Report on vaccination in Madras 1922-1929 - 1922-1929
Year: 1922
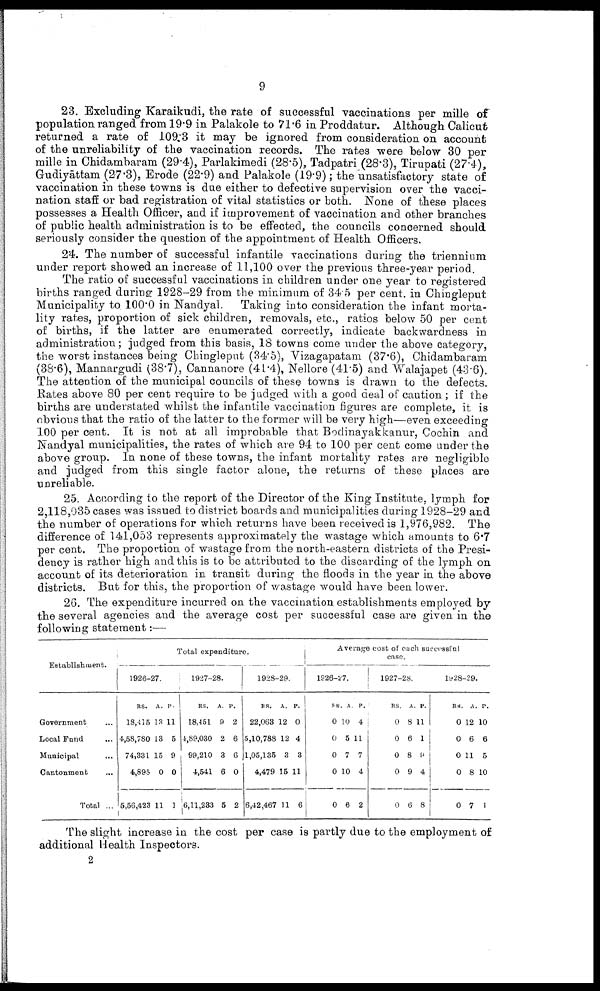
9
23. Excluding Karaikudi, the rate of successful vaccinations per mille of
population ranged from 19.9 in Palakole to 71.6 in Proddatur. Although Calicut
returned a rate of 109.3 it may be ignored from consideration on account
of the unreliability of the vaccination records. The rates were below 30 per
mille in Chidambaram (29.4), Parlakimedi (28.5), Tadpatri (28.3), Tirupati (27.4),
Gudiyāttam (27.3), Erode (22.9) and Palakole (19.9); the unsatisfactory state of
vaccination in these towns is due either to defective supervision over the vacci
nation staff or bad registration of vital statistics or both. None of these places
possesses a Health Officer, and if improvement of vaccination and other branches
of public health administration is to be effected, the councils concerned should
seriously consider the question of the appointment of Health Officers.
24. The number of successful infantile vaccinations during the triennium
under report showed an increase of 11,100 over the previous three-year period.
The ratio of successful vaccinations in children under one year to registered
births ranged during 1928-29 from the minimum of 34.5 per cent. in Chingleput
Municipality to 100.0 in Nandyal. Taking into consideration the infant morta
lity rates, proportion of sick children, removals, etc., ratios below 50 per cent
of births, if the latter are enumerated correctly, indicate backwardness in
administration; judged from this basis, 18 towns come under the above category,
the worst instances being Chingleput (34.5), Vizagapatam (37.6), Chidambaram
(38.6), Mannargudi (38.7), Cannanore (41.4), Nellore (41.5) and Walajapet (43.6).
The attention of the municipal councils of these towns is drawn to the defects.
Rates above 80 per cent require to be judged with a good deal of caution ; if the
births are understated whilst the infantile vaccination figures are complete, it is
obvious that the ratio of the latter to the former will be very high—even exceeding
100 per cent. It is not at all improbable that Bodinayakkanur, Cochin and
Nandyal municipalities, the rates of which are 94 to 100 per cent come under the
above group. In none of these towns, the infant mortality rates are negligible
and judged from this single factor alone, the returns of these places are
unreliable.
25. According to the report of the Director of the King Institute, lymph for
2,118,035 cases was issued to district boards and municipalities during 1928-29 and
the number of operations for which returns have been received is 1,976,982. The
difference of 141,053 represents approximately the wastage which amounts to 6.7
per cent. The proportion of wastage from the north-eastern districts of the Presi
dency is rather high and this is to be attributed to the discarding of the lymph on
account of its deterioration in transit during the floods in the year in the above
districts. But for this, the proportion of wastage would have been lower.
26. The expenditure incurred on the vaccination establishments employed by
the several agencies and the average cost per successful case are given in the
following statement:—
Establishment.
Government ...
Local Fund ...
Municipal ...
Cantonment ...
Total ...
Total expenditure.
1926-27.
RS.
18,415
4,58,780
74,331
4,895
5,56,423
A.
13
13
15
0
11
P.
11
5
9
0
1
1927-28.
RS.
18,451
4,89,030
99,210
4,541
6,11,233
A.
9
2
3
6
5
P.
2
6
6
0
2
1928-29.
RS.
22,063
5,10,788
1,05,135
4,479
6,42,467
A.
12
12
3
15
11
P.
0
4
3
11
6
Average cost of each successful
case.
1926-27.
RS.
0
0
0
0
0
A.
10
5
7
10
6
P.
4
11
7
4
2
1927-28.
RS.
0
0
0
0
0
A
8
6
8
9
6
P.
11
1
9
4
8
1928-29.
RS.
0
0
0
0
0
A.
12
6
11
8
7
P.
10
6
5
10
1
The slight increase in the cost per case is partly due to the employment of
additional Health Inspectors.
2